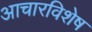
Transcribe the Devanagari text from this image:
आचारविशेष